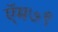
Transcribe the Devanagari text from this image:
ऍम७९